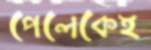
পেলেকেই